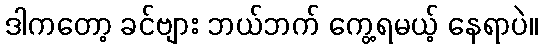
ဒါကတော့ ခင်ဗျား ဘယ်ဘက် ကွေ့ရမယ့် နေရာပဲ။